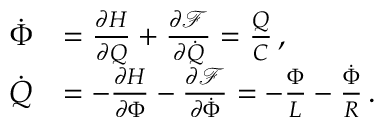
\begin{array} { r l } { \dot { \Phi } } & { = \frac { \partial H } { \partial Q } + \frac { \partial \mathcal { F } } { \partial \dot { Q } } = \frac { Q } { C } \, , } \\ { \dot { Q } } & { = - \frac { \partial H } { \partial \Phi } - \frac { \partial \mathcal { F } } { \partial \dot { \Phi } } = - \frac { \Phi } { L } - \frac { \dot { \Phi } } { R } \, . } \end{array}